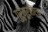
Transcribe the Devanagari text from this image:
गुरुमूर्तिएक